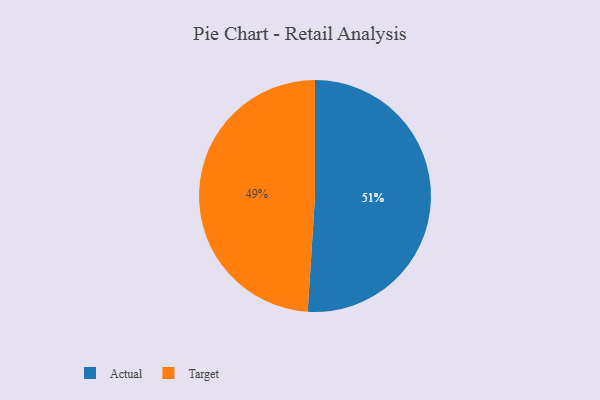
{"axis": {"x": "Category", "y": "Percentage"}, "legend": ["Actual", "Target"], "data": [{"x": "Target", "y": 49, "type": "Target"}, {"x": "Actual", "y": 51, "type": "Actual"}]}